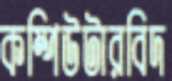
কম্পিউটারবিদ